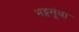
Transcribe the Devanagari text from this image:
भट्टसूंथा